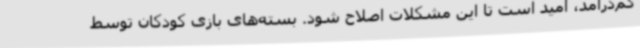
کم‌درآمد، امید است تا این مشکلات اصلاح شود. بسته‌های بازی کودکان توسط